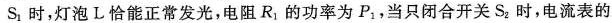
S_{1}时，灯泡L恰能正常发光，电阻R_{1}的功率为P_{1}，当只闭合开关S_{2}时，电流表的